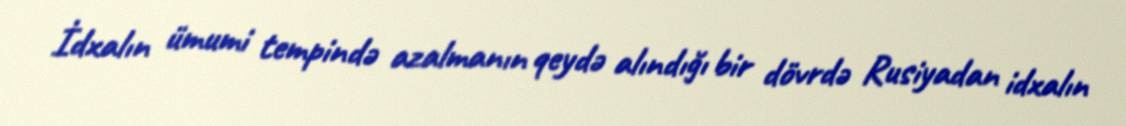
İdxalın ümumi tempində azalmanın qeydə alındığı bir dövrdə Rusiyadan idxalın